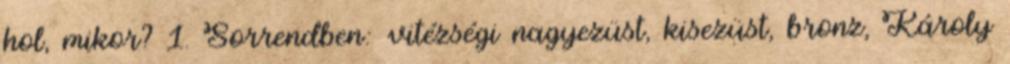
hol, mikor? 1. Sorrendben: vitézségi nagyezüst, kisezüst, bronz, Károly